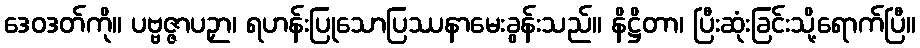
ဒေဝဒတ်ကို။ ပဗ္ဗဇ္ဇာပဉှာ၊ ရဟန်းပြုသောပြဿနာမေးခွန်းသည်။ နိဋ္ဌိတာ၊ ပြီးဆုံးခြင်းသို့ရောက်ပြီ။